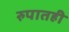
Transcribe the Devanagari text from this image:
रुपातही